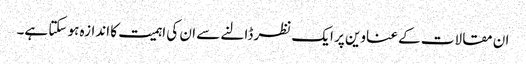
ان مقالات کے عناوین پر ایک نظر ڈالنے سے ان کی اہمیت کا اندازہ ہو سکتا ہے۔